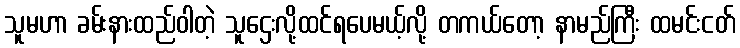
သူမဟာ ခမ်းနားထည်ဝါတဲ့ သူဌေးလို့ထင်ရပေမယ့်လို့ တကယ်တော့ နာမည်ကြီး ထမင်းငတ်